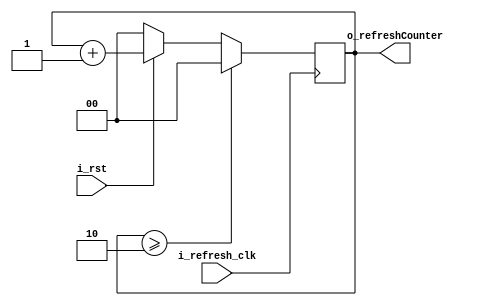
`timescale 1ns / 1ps



module refresh_counter(input i_refresh_clk,
							  input i_rst,
							  output [1:0] o_refreshCounter);

	reg [1:0] r_ref_count;
	
	assign o_refreshCounter = r_ref_count;
	
	always @(posedge i_refresh_clk) 
	begin
	if(!i_rst)
		r_ref_count <= 0;
	else
		r_ref_count <= r_ref_count + 1;
		if(r_ref_count >= 2)
			r_ref_count <= 0;
	end

endmodule